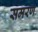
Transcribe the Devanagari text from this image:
समरण